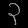
Digit: ၃